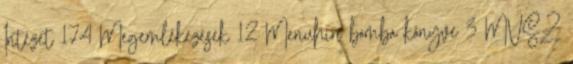
Intézet 174 Megemlékezések 12 Menuhin bomba könyve 3 MVSZ